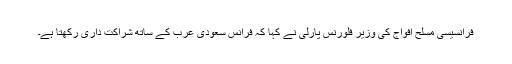
فرانسیسی مسلح افواج کی وزیر فلورنس پارلی نے کہا کہ فرانس سعودی عرب کے ساتھ شراکت داری رکھتا ہے۔